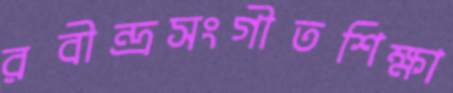
রবীন্দ্রসংগীতশিক্ষা